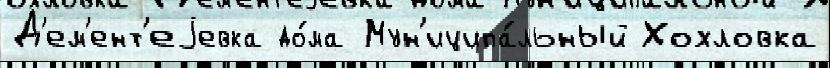
Д'ем'ент'еjевка до́ма Мун'иципа́льный Хохловка